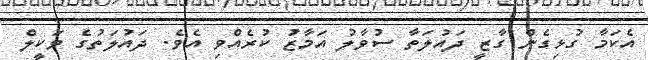
އެކަމާ ގުޅިގެން ގާޒީ ދައުލަތާ ސުވާލު އަމާޒު ކުރެއްވި އެވެ. ދައުލަތުގެ ވަކީލް